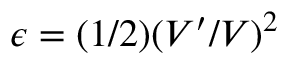
\epsilon = ( 1 / 2 ) ( V ^ { \prime } / V ) ^ { 2 }